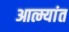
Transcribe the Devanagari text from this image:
आत्म्यांत